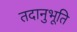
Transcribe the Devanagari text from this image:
तदानुभूति